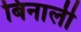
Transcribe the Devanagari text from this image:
बिनाली